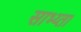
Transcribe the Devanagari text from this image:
साभ्य्ता